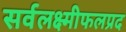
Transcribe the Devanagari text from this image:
सर्वलक्ष्मीफलप्रद